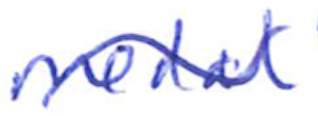
Text: medal
Cross-out: wave
Writing tool: ballpoint